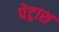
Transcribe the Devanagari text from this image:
पेट्राश